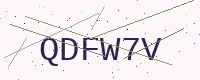
Text: QDFW7V